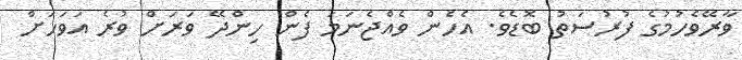
ވާރޭވެހުމުގެ ފުރުސަތު ބޮޑެވެ. އެހެން ވެއްޖެނަމަ ފެން ހިންދޭ ވަރަށް ވުރެ އަވަހަށް